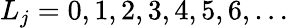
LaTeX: L_{j}=0,1,2,3,4,5,6,\ldots